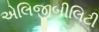
એલિજીબીલિટી